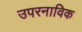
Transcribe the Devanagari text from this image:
उपरनाविक